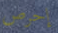
إحرص